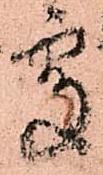
處